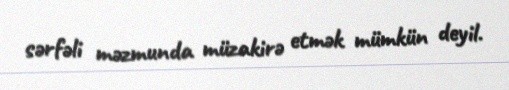
sərfəli məzmunda müzakirə etmək mümkün deyil.